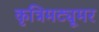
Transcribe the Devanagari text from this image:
कृत्रिमट्यूमर